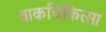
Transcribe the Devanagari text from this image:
वाकचिकित्सा